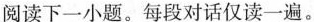
阅读下一小题.每段对话仅读一遍.